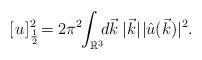
LaTeX: \begin{align*} [\mspace{1.5mu}u\mspace{1.5mu}]^2_{\frac{1}{2}}\!=2\pi^2\mspace{-4.5mu}\int_{\mathbb{R}^3}\mspace{-7.5mu}d\vec{k}\:\lvert\vec{k}\rvert\mspace{1.5mu}\lvert\hat{u}(\vec{k})\rvert^2.\end{align*}